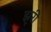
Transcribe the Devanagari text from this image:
झूरी